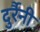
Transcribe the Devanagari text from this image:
दुर्रैनी